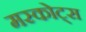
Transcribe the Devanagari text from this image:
मस्कोट्स